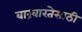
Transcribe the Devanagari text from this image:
वारंवारतेसाठी